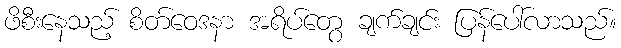
ဖိစီးနေသည့် စိတ်ဝေဒနာ အရိပ်တွေ ချက်ချင်း ပြန်ပေါ်လာသည်။